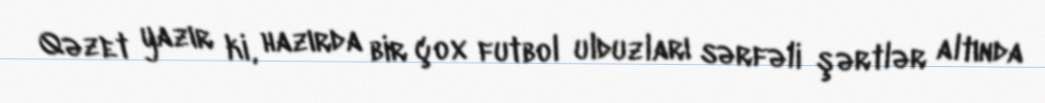
Qəzet yazır ki, hazırda bir çox futbol ulduzları sərfəli şərtlər altında